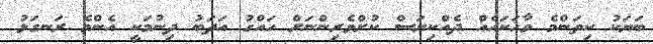
ބަޔަކު ކިތަންމެ ވާހަކައެއް ދެއްކިޔަސް ކުށްވެރިންނަށް ހައްގު އަދަބު ދިނުމަކީ އެންމެ ރަނގަޅު